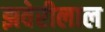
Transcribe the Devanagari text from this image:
झवेरीलाल